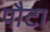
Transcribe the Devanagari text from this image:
पौटा